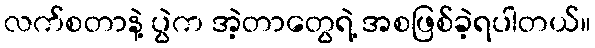
လက်စတာနဲ့ ပွဲက အဲ့တာတွေရဲ့ အစဖြစ်ခဲ့ရပါတယ်။